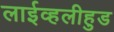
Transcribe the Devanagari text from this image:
लाईव्हलीहुड